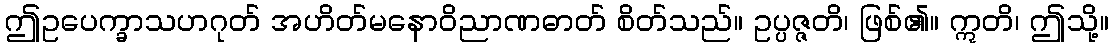
ဤဥပေက္ခာသဟဂုတ် အဟိတ်မနောဝိညာဏဓာတ် စိတ်သည်။ ဥပ္ပဇ္ဇတိ၊ ဖြစ်၏။ ဣတိ၊ ဤသို့။